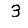
Digit: 3